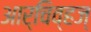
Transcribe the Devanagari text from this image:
आर्चिव्हज्